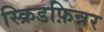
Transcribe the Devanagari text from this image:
स्क्रिडफ़िन्नर